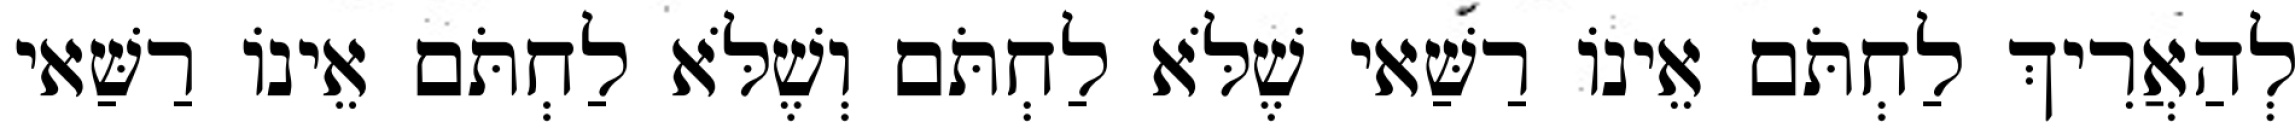
לְהַאֲרִיךְ לַחְתֹּם אֵינוֹ רַשַּׁאי שֶׁלֹּא לַחְתֹּם וְשֶׁלֹּא לַחְתֹּם אֵינוֹ רַשַּׁאי